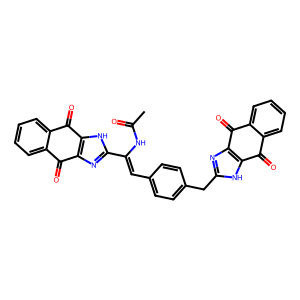
SMILES: CC(=O)NC(=Cc1ccc(Cc2nc3c([nH]2)C(=O)c2ccccc2C3=O)cc1)c1nc2c([nH]1)C(=O)c1ccccc1C2=O
Inhibits HIV replication: No